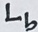
Text: Lb